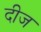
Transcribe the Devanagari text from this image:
दीज